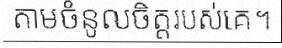
តាមចំនូលចិត្តរបស់គេ។